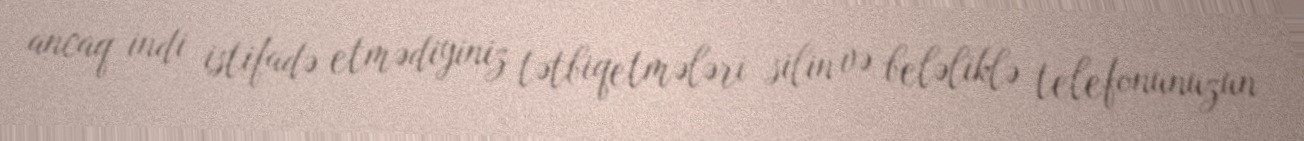
ancaq indi istifadə etmədiyiniz tətbiqetmələri silin və beləliklə telefonunuzun